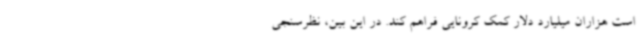
است هزاران میلیارد دلار کمک کرونایی فراهم کند. در این بین، نظرسنجی